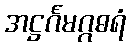
အဋ္ဌင်္ဂမဂ္ဂဓရံ